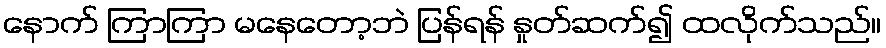
နောက် ကြာကြာ မနေတော့ဘဲ ပြန်ရန် နှုတ်ဆက်၍ ထလိုက်သည်။